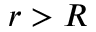
r > R